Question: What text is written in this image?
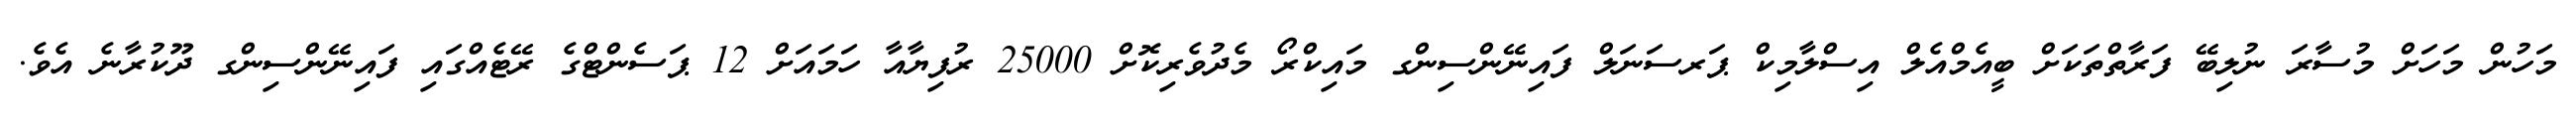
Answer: މަހުން މަހަށް މުސާރަ ނުލިބޭ ފަރާތްތަކަށް ބީއެމްއެލް އިސްލާމިކް ޕަރސަނަލް ފައިނޭންސިންގ މައިކްރޯ މެދުވެރިކޮށް 25000 ރުފިޔާއާ ހަމައަށް 12 ޕަސެންޓްގެ ރޭޓެއްގައި ފައިނޭންސިންގ ދޫކުރާނެ އެވެ.